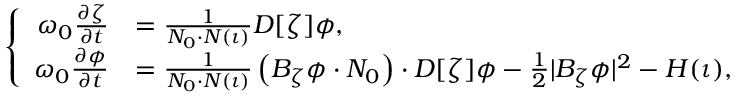
\left\{ \begin{array} { r l } { \omega _ { 0 } \frac { \partial \zeta } { \partial t } } & { = \frac { 1 } { N _ { 0 } \cdot N ( \iota ) } D [ \zeta ] \phi , } \\ { \omega _ { 0 } \frac { \partial \phi } { \partial t } } & { = \frac { 1 } { N _ { 0 } \cdot N ( \iota ) } \left( B _ { \zeta } \phi \cdot N _ { 0 } \right) \cdot D [ \zeta ] \phi - \frac { 1 } { 2 } | B _ { \zeta } \phi | ^ { 2 } - H ( \iota ) , } \end{array} \right.